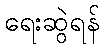
ရေးဆွဲရန်